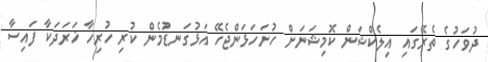
ދުވަހުގެ ތެރޭގައި އިލެކްޝަން ކޮމިޝަނަށް ހުށަހަޅަންޖެހޭ އަޅުގަނޑުމެން ކުރި ހުރިހާ ޚަރަދަކާ ފައިސާ